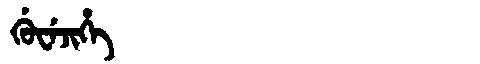
Manchu: ᡤᡠᠸᡝᠵᡳᡥᡝ
Romanization: GUWEJIHE